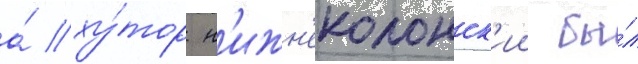
а́ ху́тор н'ижн'еколонск'ии бы́л